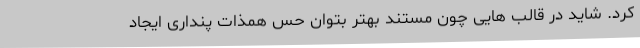
کرد. شاید در قالب هایی چون مستند بهتر بتوان حس همذات پنداری ایجاد